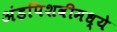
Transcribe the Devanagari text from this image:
अंडपिशवीमध्ये